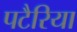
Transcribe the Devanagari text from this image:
पटैरिया